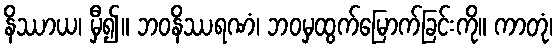
နိဿာယ၊ မှီ၍။ ဘဝနိဿရဏံ၊ ဘဝမှထွက်မြောက်ခြင်းကို။ ကာတုံ၊